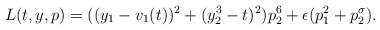
\begin{align*}L(t, y, p) = ( ( y_1 - v_1(t))^2 + ( y_2^3 - t)^2) p_2^6 + \epsilon ( p_1^2 + p_2^{\sigma}).\end{align*}